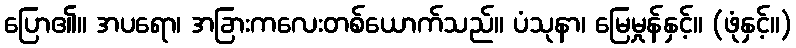
ပြော၏။ အပရော၊ အခြားကလေးတစ်ယောက်သည်။ ပံသုနာ၊ မြေမှုန်နှင့်။ (ဖုံနှင့်။)